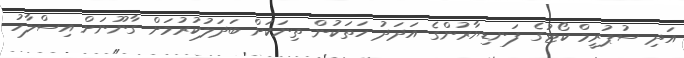
އަދި ސުޕުރީމް ކޯޓުގެ ފަނޑިޔާރުންގެ އަދަދު ހަތަކުން ތިނަކަށް ބަދަލުކުރުމަށް ގާނޫނަށް އިސްލާހު